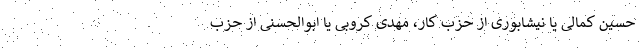
حسین کمالی یا نیشابوری از حزب کار، مهدی کروبی یا ابوالحسنی از حزب